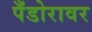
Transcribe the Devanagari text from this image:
पँडोरावर